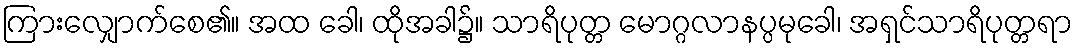
ကြားလျှောက်စေ၏။ အထ ခေါ၊ ထိုအခါ၌။ သာရိပုတ္တ မောဂ္ဂလာနပ္ပမုခေါ၊ အရှင်သာရိပုတ္တရာ